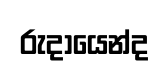
රුදායෙන්ද